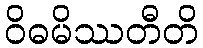
ဝိဓမိဿတီတိ